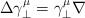
\begin{align*}\Delta \gamma^\mu_\perp = \gamma^\mu_\perp \nabla\end{align*}